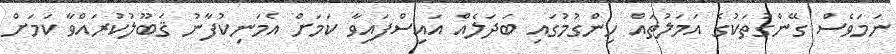
ނަމަވެސް ގޭންގުތަކުގެ އަމަލުތައް ހިންގުމުގައި ބަދަލެއް އައިސްފައިވާ ކަމަށް އެމަނިކުފާނު ޤަބޫލުކުރައްވާ ކަމަށް